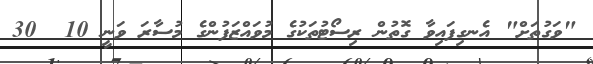
"ވަގުތަށް" އެނގިފައިވާ ގޮތުން ރިސޯޓުތަކުގެ މުވައްޒަފުންގެ މުސާރަ ވަނީ 10  30